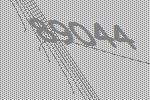
89044